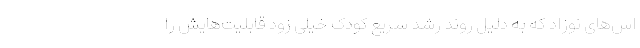
اس‌های نوزاد که به دلیل روند رشد سریع کودک خیلی زود قابلیت‌هایش را